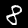
Digit: 8